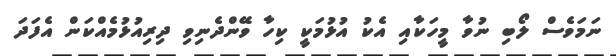
ނަމަވެސް ލޯބި ނުވާ މީހަކާއި އެކު އުޅުމަކީ ކިހާ ވޭންދެނިވި ދިރިއުޅުމެއްކަން އެފަދަ